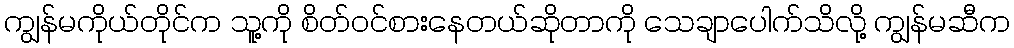
ကျွန်မကိုယ်တိုင်က သူ့ကို စိတ်ဝင်စားနေတယ်ဆိုတာကို သေချာပေါက်သိလို့ ကျွန်မဆီက